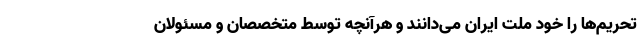
تحریم‌ها را خود ملت ایران می‌‌دانند و هرآنچه توسط متخصصان و مسئولان